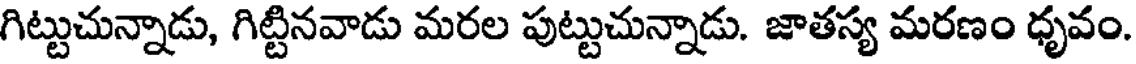
గిట్టుచున్నాడు, గిట్టినవాడు మరల పుట్టుచున్నాడు. జాతస్య మరణం ధృవం.